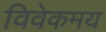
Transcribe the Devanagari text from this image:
विवेकमय